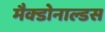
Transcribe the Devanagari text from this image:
मैक्डोनाल्डस